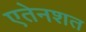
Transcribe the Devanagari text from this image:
एतेनशत